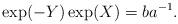
LaTeX: \begin{align*} \exp(-Y) \exp(X) = b a^{-1}. \end{align*}